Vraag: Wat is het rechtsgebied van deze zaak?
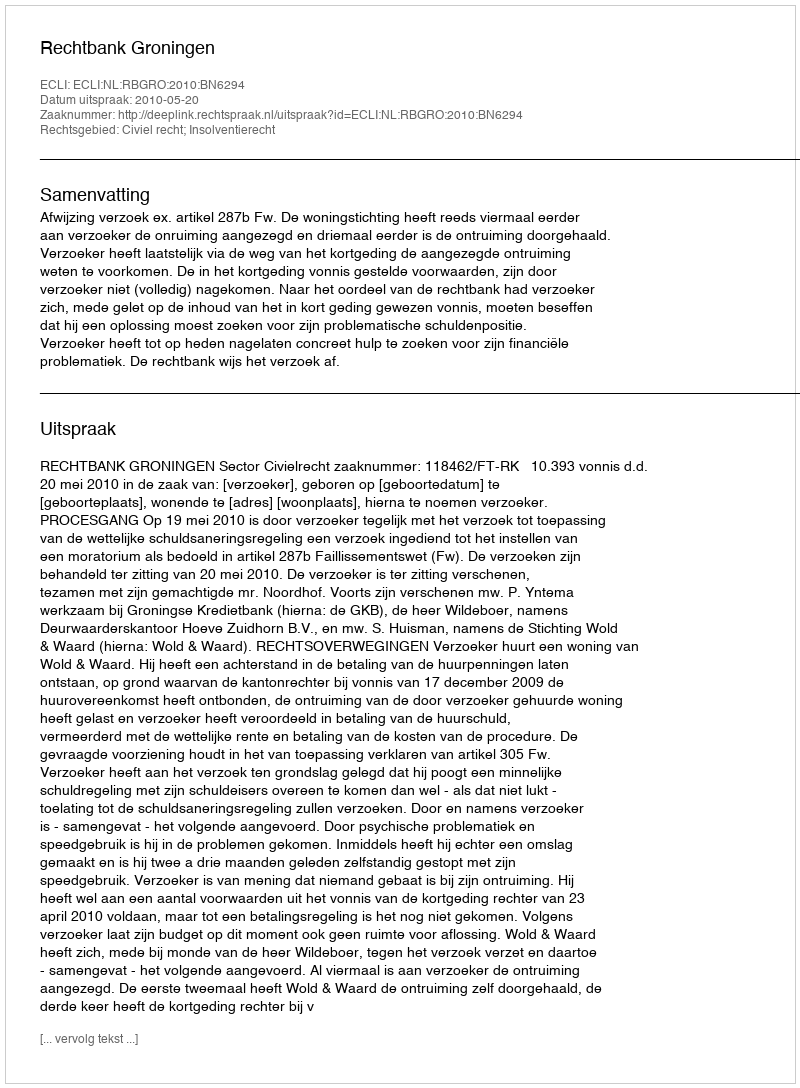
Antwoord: Civiel recht; Insolventierecht